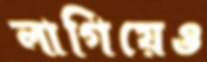
লাগিয়েও